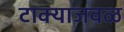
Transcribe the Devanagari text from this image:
टाक्याजवळ